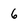
Character: 6